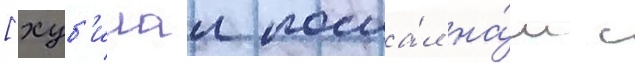
[хуб'илаи посла́л на́м с